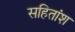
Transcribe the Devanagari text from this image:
सहितांश